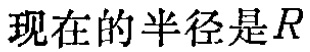
现在的半径是\(R\)